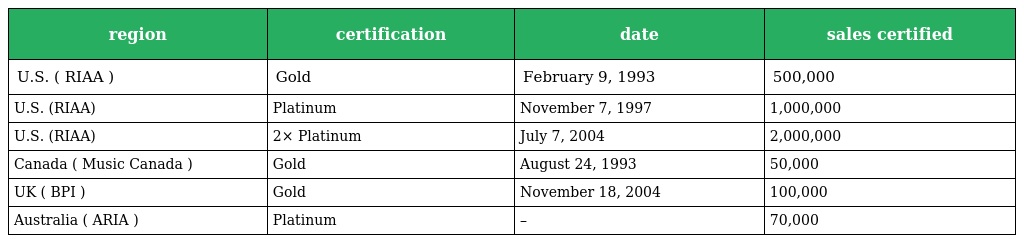
| region | certification | date | sales certified |
 | --- | --- | --- | --- |
 | U.S. ( RIAA ) | Gold | February 9, 1993 | 500,000 |
 | U.S. (RIAA) | Platinum | November 7, 1997 | 1,000,000 |
 | U.S. (RIAA) | 2× Platinum | July 7, 2004 | 2,000,000 |
 | Canada ( Music Canada ) | Gold | August 24, 1993 | 50,000 |
 | UK ( BPI ) | Gold | November 18, 2004 | 100,000 |
 | Australia ( ARIA ) | Platinum | – | 70,000 |